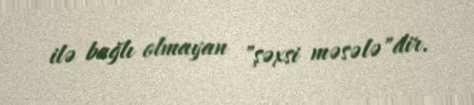
ilə bağlı olmayan "şəxsi məsələ"dir.